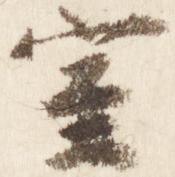
室